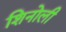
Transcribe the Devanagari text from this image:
शिनोली